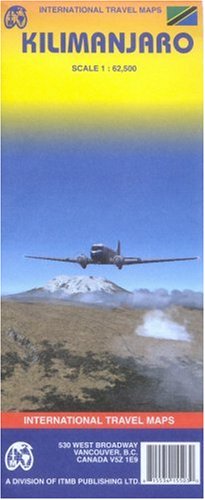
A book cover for Kilimanjaro (Tanzania) 1:62,500 Trekking Map **2006** (International Travel Maps); ITM Canada; Travel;